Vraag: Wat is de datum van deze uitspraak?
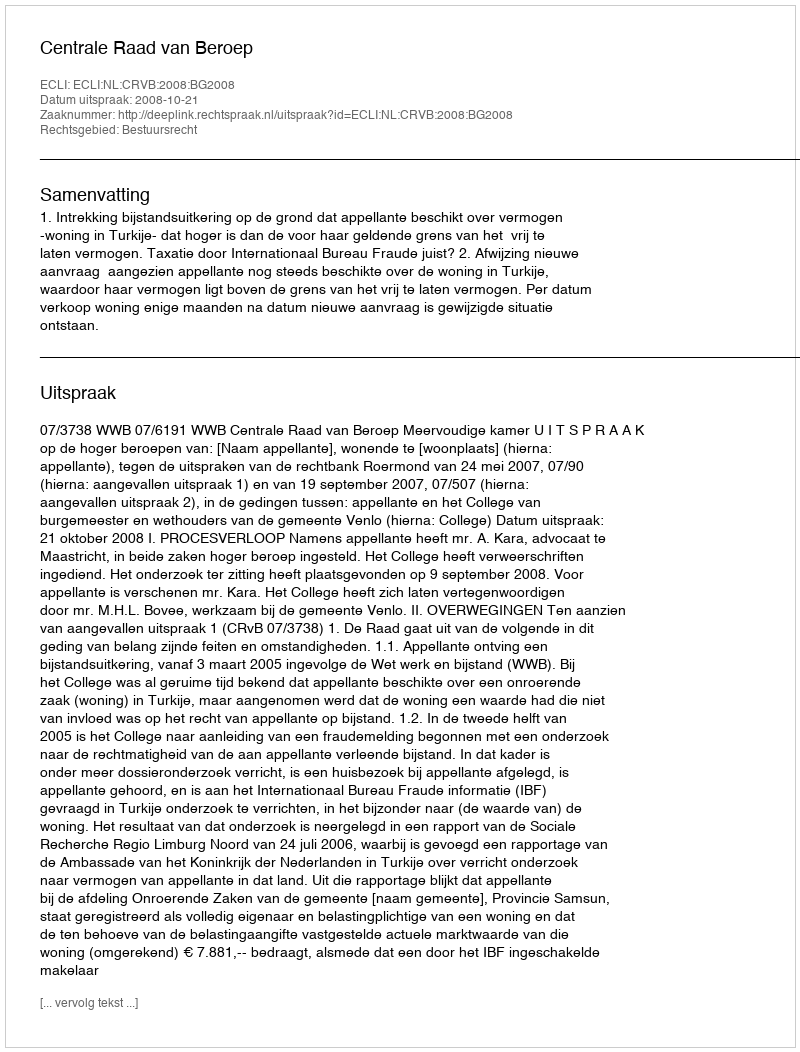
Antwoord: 2008-10-21